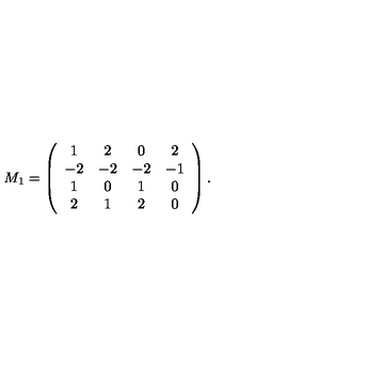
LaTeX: M _ { 1 } = \left( \begin{array} { c c c c } { 1 } & { 2 } & { 0 } & { 2 } \\ { - 2 } & { - 2 } & { - 2 } & { - 1 } \\ { 1 } & { 0 } & { 1 } & { 0 } \\ { 2 } & { 1 } & { 2 } & { 0 } \\ \end{array} \right) .